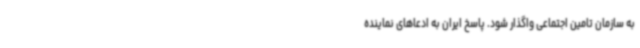
به سازمان تامین اجتماعی واگذار شود. پاسخ ایران به ادعاهای نماینده